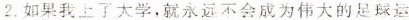
2.如果我上了大学，就永远不会成为伟大的足球运